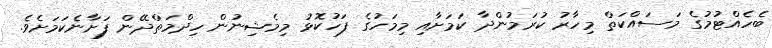
ބެހެއްޓުމުގެ މަސައްކަތް މިހާރު ކުރަމުންދާ ކަމަށާއި މިމަހުގެ ފަހުކޮޅު މިމެޝިނުން ހިދްމަތްދޭން ފަށާނެކަމަށެވެ.